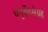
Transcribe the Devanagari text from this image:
धनुर्वेदसंग्रह